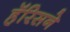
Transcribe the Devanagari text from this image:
हॅरिसने